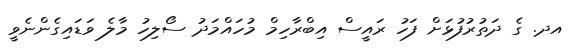
އދ. ގެ ދަތުރުފުޅަށް ފަހު ރައީސް އިބްރާހިމް މުހައްމަދު ސޯލިހު މާލެ ވަޑައިގެންނެވީ